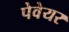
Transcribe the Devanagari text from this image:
पेवेयर